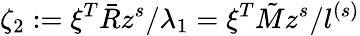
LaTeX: \zeta_{2}:=\xi^{T}\bar{R}z^{s}/\lambda_{1}=\xi^{T}\tilde{M}z^{s}/l^{(s)}